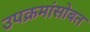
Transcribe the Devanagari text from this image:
उपक्रमांसोबत